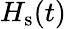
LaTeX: H_{\textrm{s}}(t)